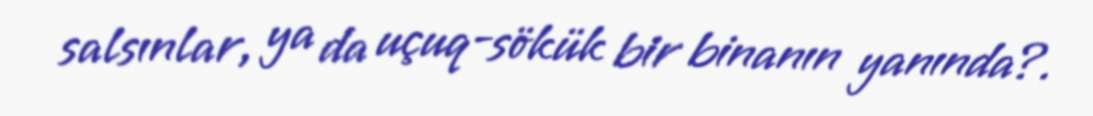
salsınlar, ya da uçuq-sökük bir binanın yanında?.